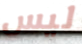
ليس